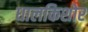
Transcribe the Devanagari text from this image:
धालकिशोर